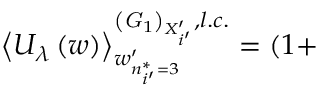
\left\langle U _ { \lambda } \left( w \right) \right\rangle _ { w _ { n _ { i ^ { \prime } } ^ { * } = 3 } ^ { \prime } } ^ { \left( { \it G } _ { 1 } \right) _ { X _ { i ^ { \prime } } ^ { \prime } } , l . c . } = \left( 1 + \right.